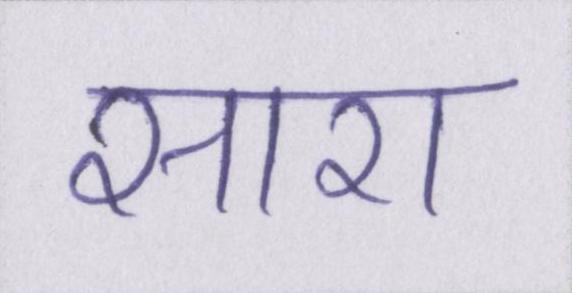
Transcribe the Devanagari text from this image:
सारा